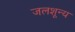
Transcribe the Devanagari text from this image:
जलशून्य